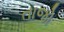
તાજો